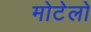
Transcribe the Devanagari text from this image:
मोटेलो